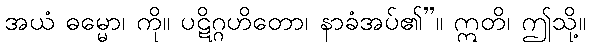
အယံ ဓမ္မော၊ ကို။ ပဋိဂ္ဂဟိတော၊ နာခံအပ်၏”။ ဣတိ၊ ဤသို့။